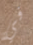
في